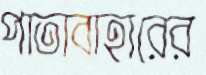
পাতাবাহারের